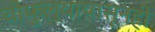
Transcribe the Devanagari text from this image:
चौफुल्यापासूनही